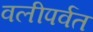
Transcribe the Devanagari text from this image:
वलीपर्वत